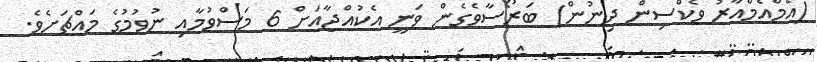
(އެމްއެމްއާރު ވެކްސިން ދިނުން) ބަރޯސާވެގެން ވަނީ އެކުއްޖާއަށް 6 މަސްވުމާއި ނުވުމުގެ މައްޗަށެވެ.